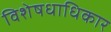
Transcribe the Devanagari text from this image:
विशेषधाधिकार